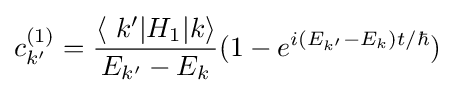
c_{k'}^{(1)}={\frac {\langle \ k'|H_{1}|k\rangle }{E_{k'}-E_{k}}}(1-e^{i(E_{k'}-E_{k})t/\hbar })